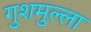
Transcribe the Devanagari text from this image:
गुशमुल्ला